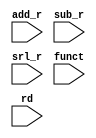
module mux(
    input [31:0] add_r, sub_r, srl_r,
    input [5:0] funct,
    input [4:0] rd
);

always @*
begin
    case (funct)
        6'b100000:  
        begin
            glob.r[rd] <= add_r;
        end
        6'b100010:
        begin
            glob.r[rd] <= sub_r;    
        end
        6'b000010:
        begin
            glob.r[rd] <= srl_r;
        end
    endcase
end

endmodule